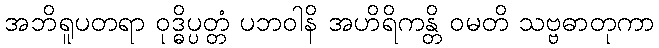
အဘိရူပတရာ ဝုဒ္ဓိပ္ပတ္တံ ပဘဝါနိ အဟိရိကန္တိ ဝမတိ သဗ္ဗဓာတုကာ